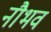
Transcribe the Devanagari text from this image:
नौभव